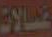
غسالات